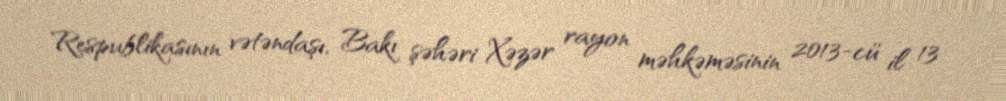
Respublikasının vətəndaşı, Bakı şəhəri Xəzər rayon məhkəməsinin 2013-cü il 13